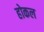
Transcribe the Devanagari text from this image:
होकल